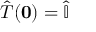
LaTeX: { \hat { T } } ( \mathbf { 0 } ) = { \hat { \mathbb { I } } }